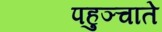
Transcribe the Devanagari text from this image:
पहुञ्चाते